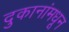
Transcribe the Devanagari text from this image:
दुकानांमधून